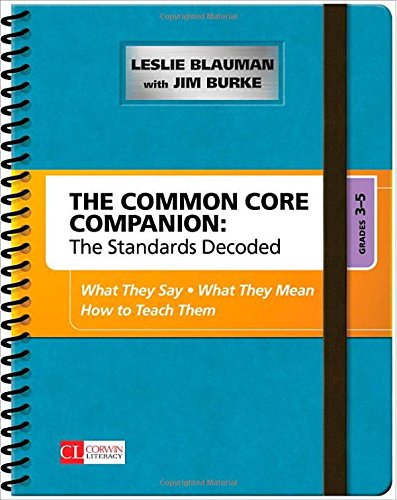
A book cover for The Common Core Companion: The Standards Decoded, Grades 3-5: What They Say, What They Mean, How to Teach Them (Corwin Literacy); Leslie A. Blauman; Education & Teaching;